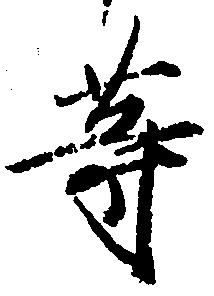
等